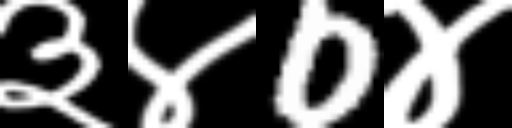
Text: ३४0४